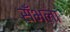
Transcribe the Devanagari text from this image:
सँभला